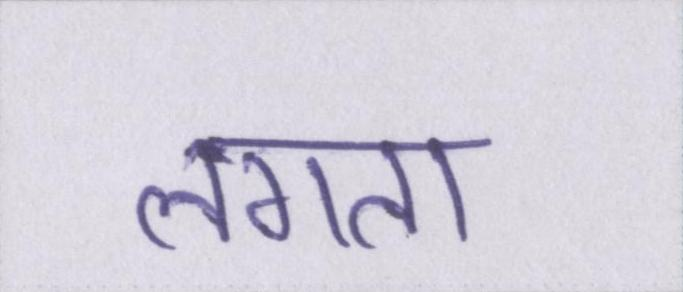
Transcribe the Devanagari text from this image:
लगता